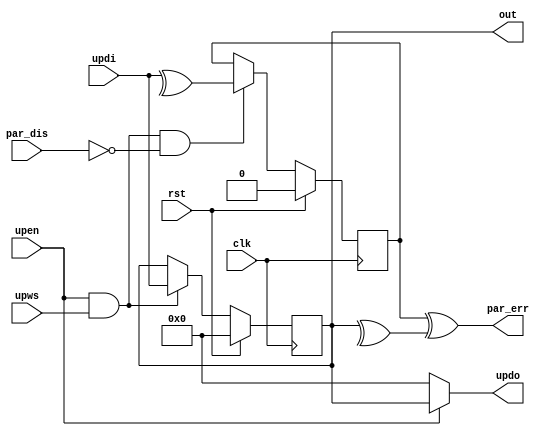
// Description     : Variable width processor config register
//////////////////////////////////////////////////////////////////////////////////
module pconfigpx
    (
     clk,
     rst,
     upen,
     upws,
     updi,
     out,
     par_dis,
     par_err,
     updo
     );

parameter WIDTH = 8;
parameter RESET_VALUE = {WIDTH{1'b0}};

input   clk,
        rst,
        upen,               // Microprocessor enable
        upws;               // Microprocessor write strobe
        
input   [WIDTH-1:0] updi;   // Microprocessor data in

output  [WIDTH-1:0] out;

output  [WIDTH-1:0] updo;   // Microprocessor data out

input               par_dis; // Disable parity calculation for testing
output              par_err;

//----------------------------------------------
wire    [WIDTH-1:0] out;
reg     [WIDTH-1:0] xxxfpcfg = RESET_VALUE;
assign              out = xxxfpcfg;

assign updo = upen ? xxxfpcfg : {WIDTH{1'b0}};

always @(posedge clk)
    begin
    if(rst) xxxfpcfg <= RESET_VALUE;
    else if(upen & upws) xxxfpcfg <= updi;
    end

reg                 xxxpar;
always @ (posedge clk)
    begin
    if (rst) xxxpar <= ^RESET_VALUE;
    else if(upen & upws & (!par_dis)) xxxpar <= ^updi;
    end
wire par_err;
assign par_err = xxxpar ^ (^xxxfpcfg);

endmodule